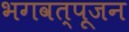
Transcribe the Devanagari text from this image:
भगवत्पूजन